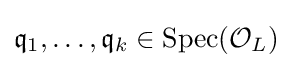
{\mathfrak {q}}_{1},\ldots ,{\mathfrak {q}}_{k}\in {\text{Spec}}({\mathcal {O}}_{L})